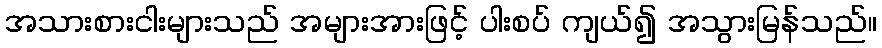
အသားစားငါးများသည် အများအားဖြင့် ပါးစပ် ကျယ်၍ အသွားမြန်သည်။